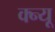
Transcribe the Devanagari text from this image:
क्न्यू